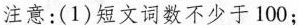
注意：(1)短文词数不少于100；